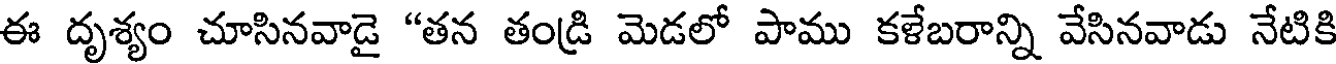
ఈ దృశ్యం చూసినవాడై "తన తండ్రి మెడలో పాము కళేబరాన్ని వేసినవాడు నేటికి